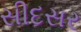
સીદસર